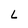
Character: L